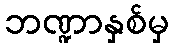
ဘဏ္ဍာနှစ်မှ